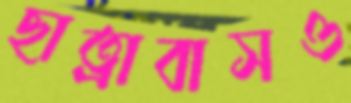
ছাত্রাবাসও